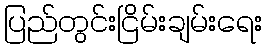
ပြည်တွင်းငြိမ်းချမ်းရေး